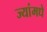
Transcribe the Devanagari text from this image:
ज्यांमधे